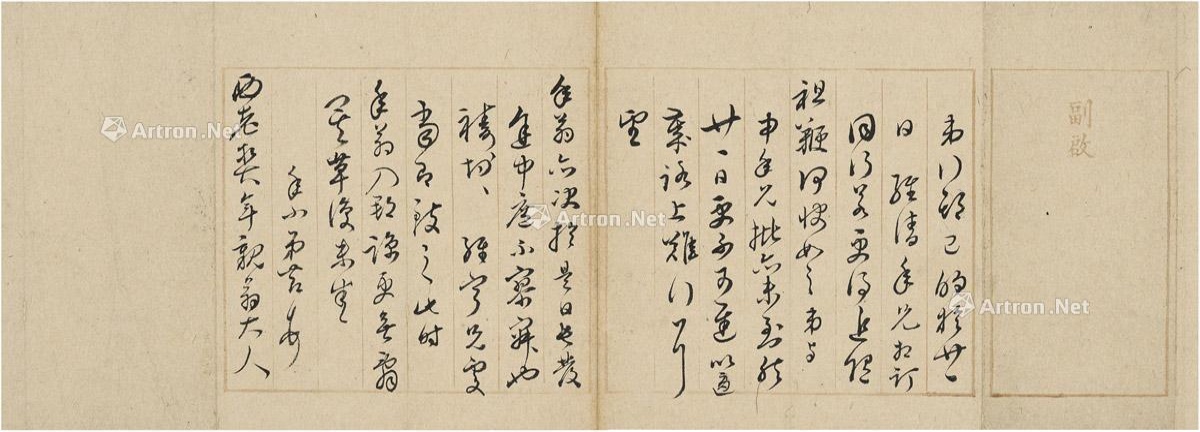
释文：弟行期已口于廿一日，维请年兄相订同行，若更得追随祖鞭，何快如之。弟与申年兄批亦未到，然廿一日更不可迟，以逼岁路上难行耳。望年翁亦决于是日长发，途中庶不寥寂也。祷切祷切。维宁兄处当即致之，此时年翁入郡，谅更无辞矣。草复未盛。年小弟节顿首。西老契年亲翁大人。李煜瀛旧藏。